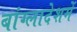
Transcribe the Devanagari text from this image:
बांग्लादेशमें